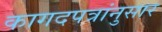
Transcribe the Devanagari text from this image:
कागदपत्रांनुसार